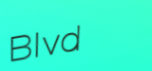
Blvd